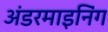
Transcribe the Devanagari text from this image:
अंडरमाइनिंग